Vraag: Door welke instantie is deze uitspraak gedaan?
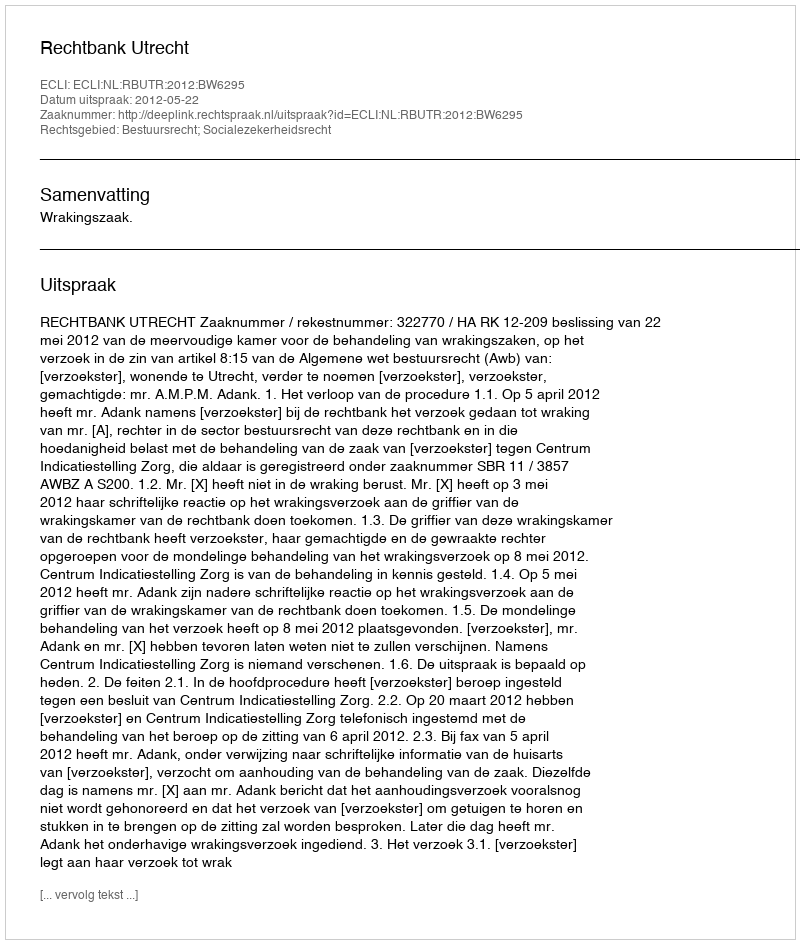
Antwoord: Rechtbank Utrecht